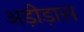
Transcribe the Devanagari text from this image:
अड़ीड़ास